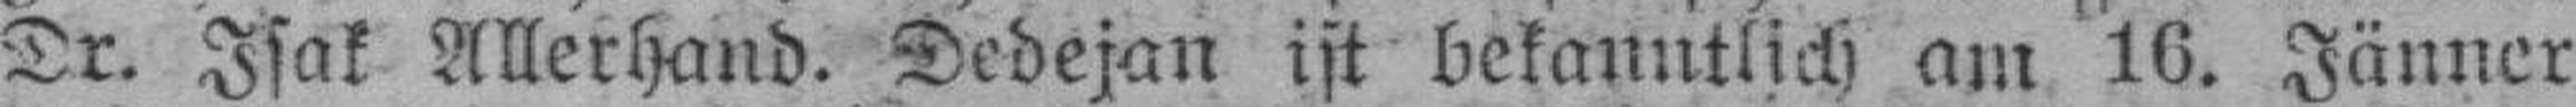
Dr. Isak Allerhand. Dedejan ist bekanntlich am 16. Jänner